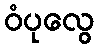
ဝံပုလွေ